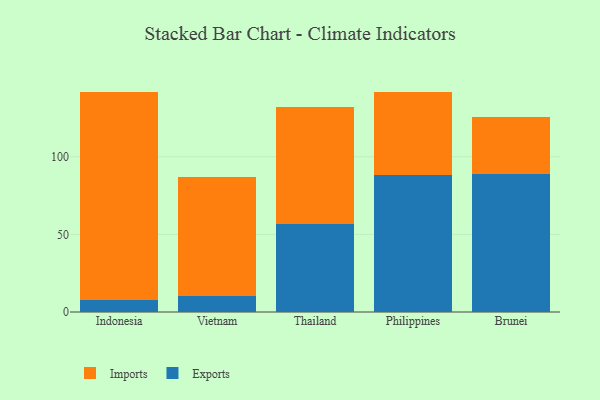
{"axis": {"x": "Country", "y": "Gross Profit (USD K)"}, "legend": ["Exports", "Imports"], "data": [{"x": "Indonesia", "y": 7.9, "type": "Exports"}, {"x": "Indonesia", "y": 134.1, "type": "Imports"}, {"x": "Vietnam", "y": 10.3, "type": "Exports"}, {"x": "Vietnam", "y": 76.7, "type": "Imports"}, {"x": "Thailand", "y": 56.8, "type": "Exports"}, {"x": "Thailand", "y": 75.3, "type": "Imports"}, {"x": "Philippines", "y": 88.0, "type": "Exports"}, {"x": "Philippines", "y": 53.5, "type": "Imports"}, {"x": "Brunei", "y": 89.2, "type": "Exports"}, {"x": "Brunei", "y": 36.2, "type": "Imports"}]}